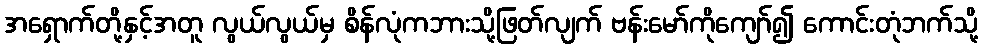
အရှောက်တို့နှင့်အတူ လွယ်လွယ်မှ စိန်လုံကဘားသို့ဖြတ်လျက် ဗန်းမော်ကိုကျော်၍ ကောင်းတုံဘက်သို့